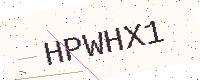
Text: HPWHX1